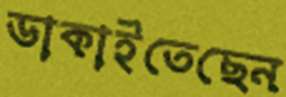
ডাকাইতেছেন